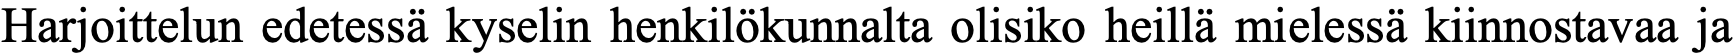
Harjoittelun edetessä kyselin henkilökunnalta olisiko heillä mielessä kiinnostavaa ja